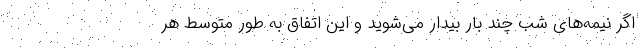
اگر نیمه‌های شب چند بار بیدار می‌شوید و این اتفاق به طور متوسط هر